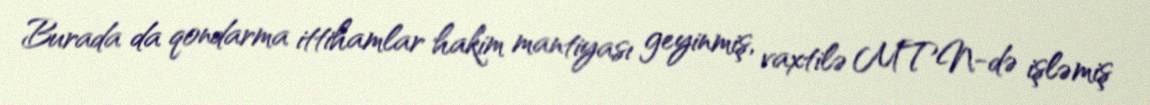
Burada da qondarma ittihamlar hakim mantiyası geyinmiş, vaxtilə MTN-də işləmiş